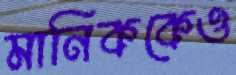
মানিককেও